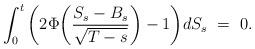
LaTeX: \begin{align*}\int_0^t \bigg(2\Phi\bigg(\frac{S_s-B_s}{\sqrt{T-s}}\bigg) - 1\bigg) dS_s \ = \ 0.\end{align*}